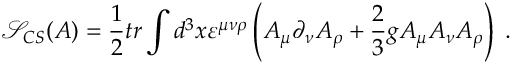
\mathcal { S } _ { C S } ( A ) = \frac 1 2 t r \int d ^ { 3 } x \varepsilon ^ { \mu \nu \rho } \left( A _ { \mu } \partial _ { \nu } A _ { \rho } + \frac 2 3 g A _ { \mu } A _ { \nu } A _ { \rho } \right) \; .